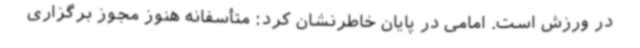
در ورزش است. امامی در پایان خاطرنشان کرد: متأسفانه هنوز مجوز برگزاری